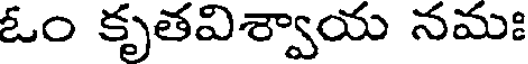
ఓం కృతవిశ్వాయ నమః